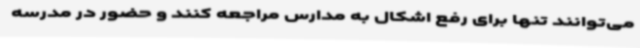
می‌توانند تنها برای رفع اشکال به مدارس مراجعه کنند و حضور در مدرسه